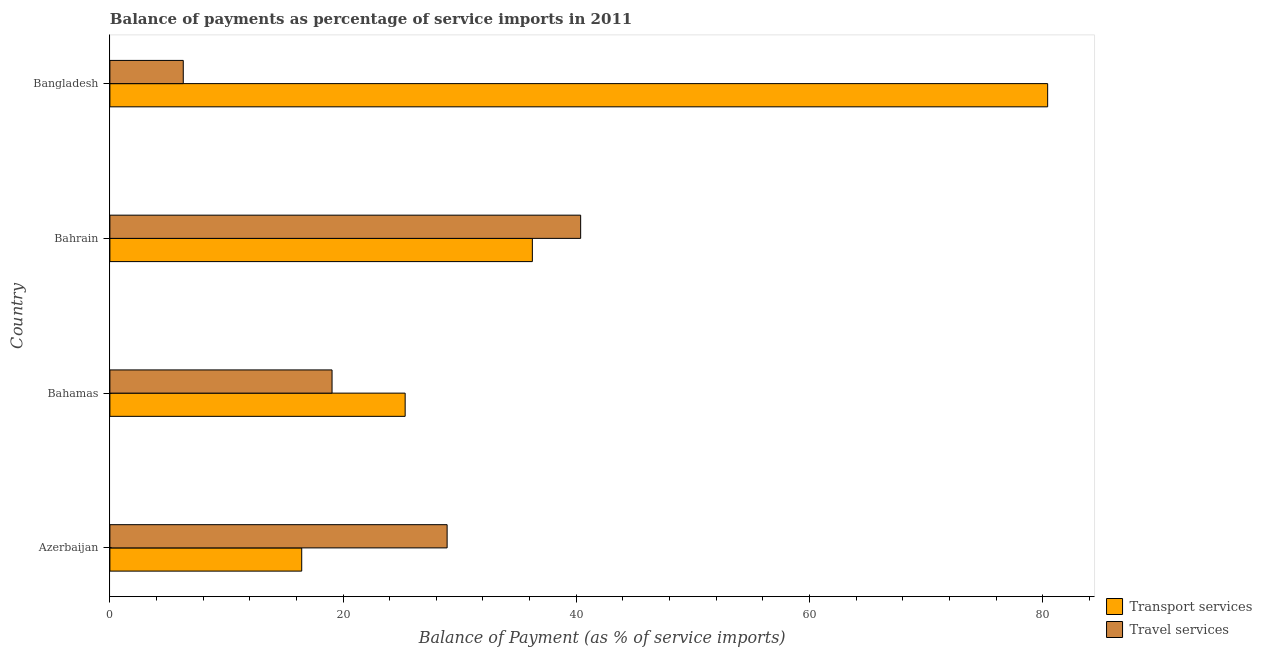
| Country | Transport services | Travel services |
 | --- | --- | --- |
 | Azerbaijan | 16.5 | 28.9 |
 | Bahamas | 25.3 | 19.1 |
 | Bahrain | 36.2 | 40.4 |
 | Bangladesh | 80.4 | 6.29 |